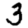
Digit: 3